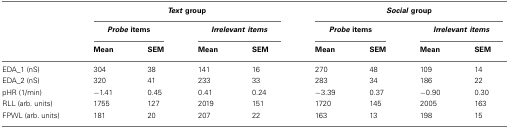
|  | <COLSPAN=4> Text group | <COLSPAN=4> Social group |
 |  | <COLSPAN=2> Probe items | <COLSPAN=2> Irrelevantitems | <COLSPAN=2> Probe items | <COLSPAN=2> Irrelevantitems |
 |  | Mean | SEM | Mean | SEM | Mean | SEM | Mean | SEM |
 | --- | --- | --- | --- | --- | --- | --- | --- | --- |
 | EDA_1 (nS) | 304 | 38 | 141 | 16 | 270 | 48 | 109 | 14 |
 | EDA_2 (nS) | 320 | 41 | 233 | 33 | 283 | 34 | 186 | 22 |
 | pHR (1/min) | −1.41 | 0.45 | 0.41 | 0.24 | −3.39 | 0.37 | −0.90 | 0.30 |
 | RLL (arb. units) | 1755 | 127 | 2019 | 151 | 1720 | 145 | 2005 | 163 |
 | FPWL (arb. units) | 181 | 20 | 207 | 22 | 163 | 13 | 198 | 15 |